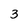
Character: 3